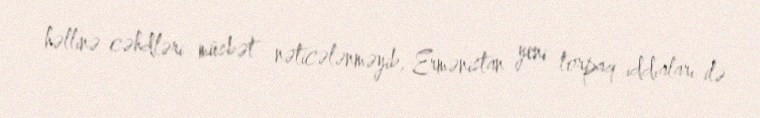
həllinə cəhdləri müsbət nəticələnməyib, Ermənistan yeni torpaq iddiaları ilə